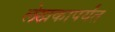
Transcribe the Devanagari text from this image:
लेखकापर्यंत